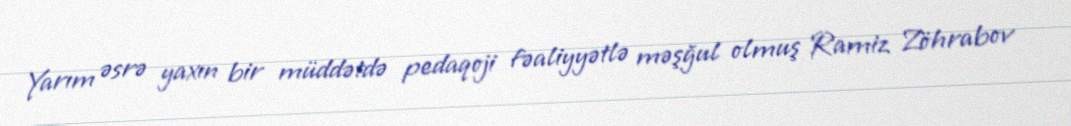
Yarım əsrə yaxın bir müddətdə pedaqoji fəaliyyətlə məşğul olmuş Ramiz Zöhrabov